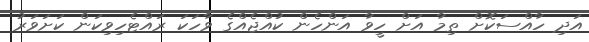
އަދި ހާއްސަކޮށް ތިމާ އަށް ހީވާ އަންހެން ކުއްޖެއްގެ ވާހަކަ ރައްޓެހިވިކަން ކަށަވަރު